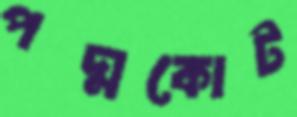
পদ্মকোট